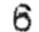
6